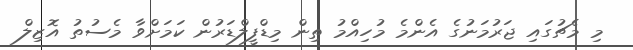
މި މެޗުގައި ޖަރުމަނުގެ އެންމެ މުހިއްމު ތިން މިޑްފީލްޑަރުން ކަމަށްވާ މެސުތު އޮޒިލް